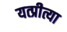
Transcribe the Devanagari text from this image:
यत्प्रीत्या